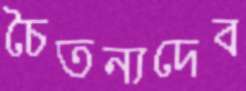
চৈতন্যদেব